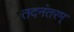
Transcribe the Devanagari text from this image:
तदनंतरम्